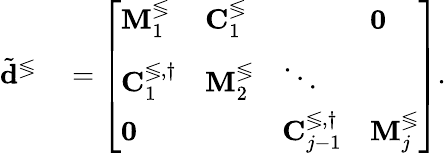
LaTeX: \begin{array}{rl}{\tilde{\mathbf{d}}^{\lessgtr}}&{{}=\left[\begin{array}{llll}{\mathbf{M}_{1}^{\lessgtr}}&{\mathbf{C}_{1}^{\lessgtr}}&{}&{\mathbf{0}}\\ {\mathbf{C}_{1}^{\lessgtr,\dagger}}&{\mathbf{M}_{2}^{\lessgtr}}&{\ddots}\\ {\mathbf{0}}&{}&{\mathbf{C}_{j-1}^{\lessgtr,\dagger}}&{\mathbf{M}_{j}^{\lessgtr}}\end{array}\right].}\end{array}